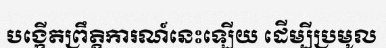
បង្កើតព្រឹត្តិការណ៍នេះឡើយ ដើម្បីប្រមូល